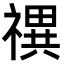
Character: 禩